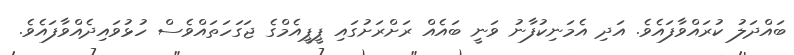
ބައްދަލު ކުރައްވާފައެވެ. އަދި އެމަނިކުފާނު ވަނީ ބައެއް ރަށްރަށުގައި ޕީޕީއެމްގެ ޖަގަހަތައްވެސް ހުޅުވައިދެއްވާފައެވެ.